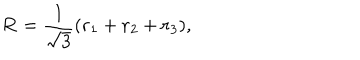
{ \bf R } = \frac { 1 } { \sqrt { 3 } } ( { \bf r } _ { 1 } + { \bf r } _ { 2 } + { \bf r } _ { 3 } ) ,